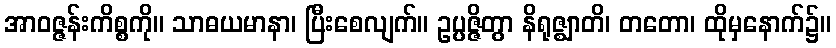
အာဝဇ္ဇန်းကိစ္စကို။ သာဓယမာနာ၊ ပြီးစေလျက်။ ဥပ္ပဇ္ဇိတွာ နိရုဇ္ဈာတိ၊ တတော၊ ထိုမှနောက်၌။